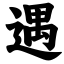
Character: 遇